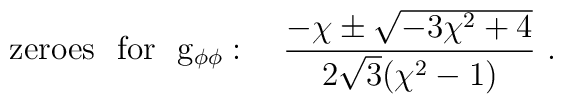
{\rm zeroes \ \ for \ \ g_{\phi \phi}}:  \ \ \ {{-\chi\pm \sqrt{-3\chi^2+4}}\over{2\sqrt{3}(\chi^2-1)}} \ .